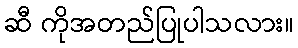
ဆီ ကိုအတည်ပြုပါသလား။